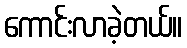
ကောင်းလာခဲ့တယ်။